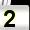
Digit: 2